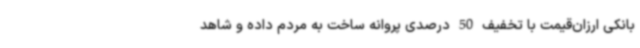
بانکی ارزان‌قیمت با تخفیف 50 درصدی پروانه ساخت به مردم داده و شاهد